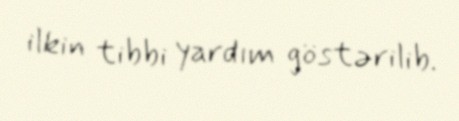
ilkin tibbi yardım göstərilib.